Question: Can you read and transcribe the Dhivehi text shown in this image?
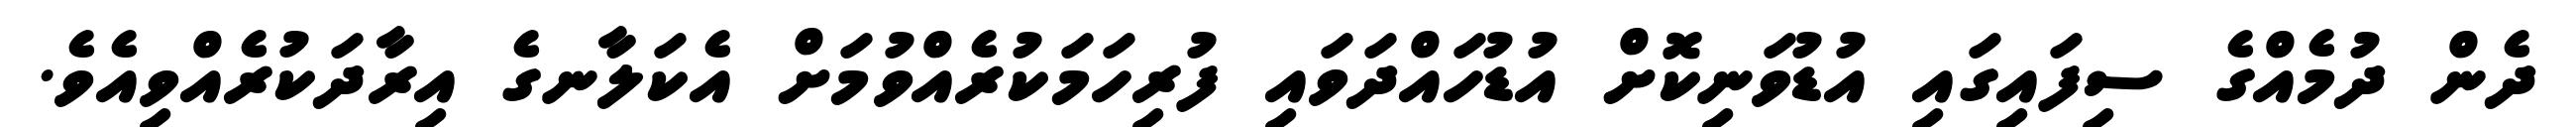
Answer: ދެން ދުމެއްގެ ސިފައިގައި އުޑުވަނިކޮށް އުޑުހައްދަވައި ފުރިހަމަކުރެއްވުމަށް އެކަލާނގެ އިރާދަކުރެއްވިއެވެ.